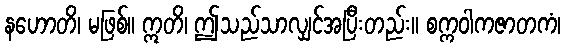
နဟောတိ၊ မဖြစ်။ ဣတိ၊ ဤသည်သာလျှင်အပြီးတည်း။ စက္ကဝါကဇာတကံ၊